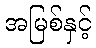
အမြစ်နှင့်